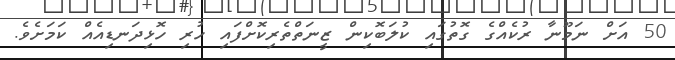
50 އަށް ނަމޫނާ ރުކެއްގެ ގޮތުގައި ކުލަބޮކިން ޒީނަތްތެރިކޮށްފައި ހުރި ހޮޅިދަނޑިއެއް ކަމަށެވެ.